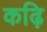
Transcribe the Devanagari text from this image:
कढ़ि